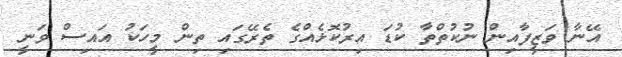
އޭނާ ވަޒީފާއިން ނުކުތްތާ ކުޑަ އިރުކޮޅެއްގެ ތެރޭގައި ތިން މީހަކު އައިސް ވަނީ